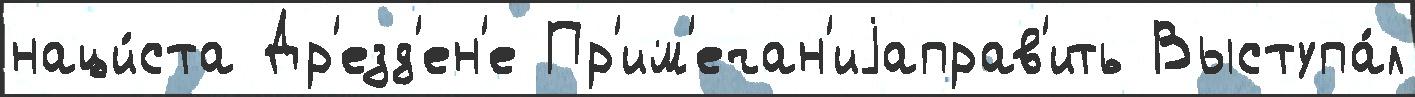
наци́ста Др'езд'ен'е Пр'им'ечан'иjаправ'ить Выступа́л